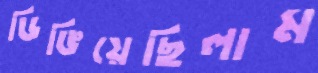
ডিঙিয়েছিলাম